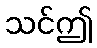
သင်ဤ